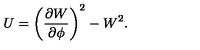
U = \left( \frac { \partial W } { \partial \phi } \right) ^ { 2 } - W ^ { 2 } .